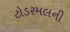
ટોડરમલની